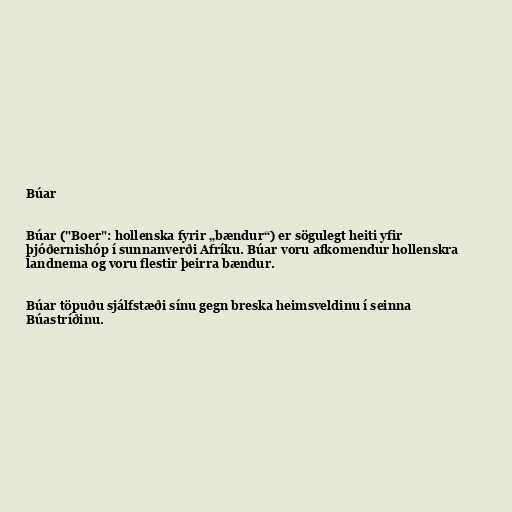
Búar

Búar ("Boer": hollenska fyrir „bændur“) er sögulegt heiti yfir
þjóðernishóp í sunnanverði Afríku. Búar voru afkomendur hollenskra
landnema og voru flestir þeirra bændur.

Búar töpuðu sjálfstæði sínu gegn breska heimsveldinu í seinna
Búastríðinu.